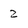
Character: 2